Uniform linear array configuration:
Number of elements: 32
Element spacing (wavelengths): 1
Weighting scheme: exponential
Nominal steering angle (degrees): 30
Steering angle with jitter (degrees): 29.708
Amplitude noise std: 0.05
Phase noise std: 0.05

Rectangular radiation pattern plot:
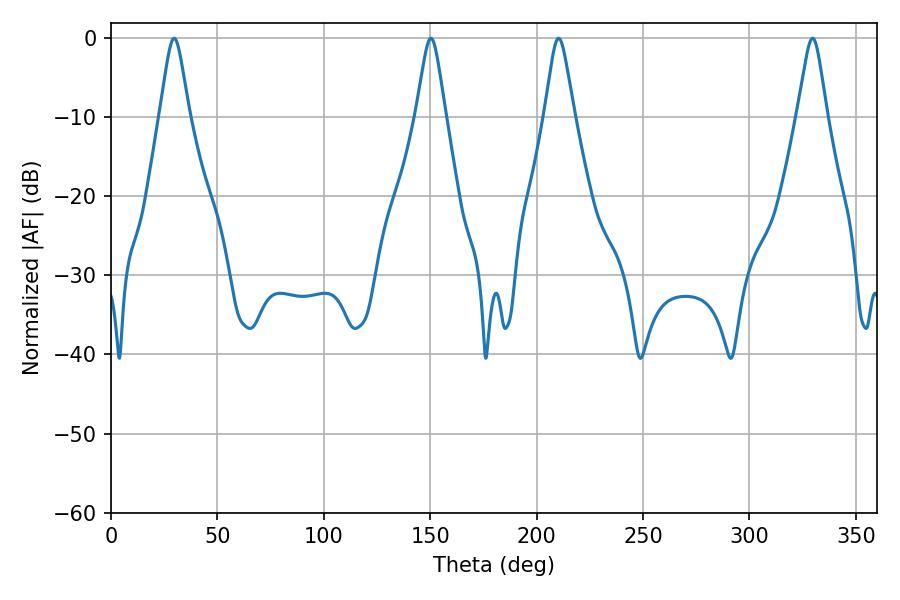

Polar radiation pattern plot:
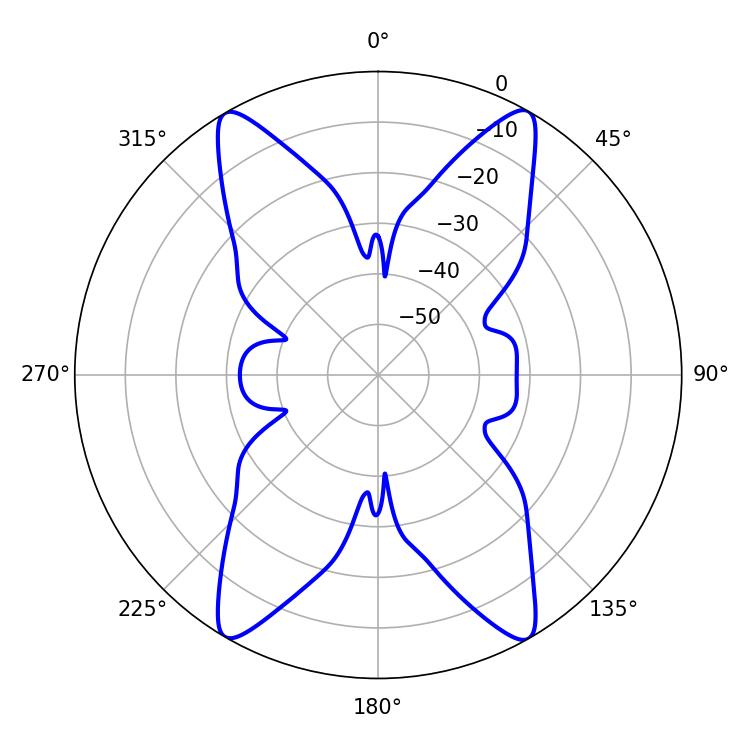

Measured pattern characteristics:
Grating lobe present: TRUE
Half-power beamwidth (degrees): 6.48
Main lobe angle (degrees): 29.7